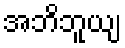
အဘိဘူယျ